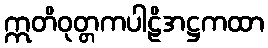
ဣတိဝုတ္တကပါဠိအဋ္ဌကထာ